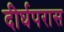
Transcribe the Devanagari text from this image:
दीर्घपरास